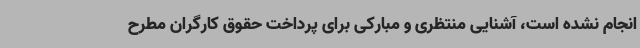
انجام نشده است، آشنایی منتظری و مبارکی برای پرداخت حقوق کارگران مطرح